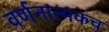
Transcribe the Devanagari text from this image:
वर्णनात्मकच